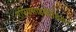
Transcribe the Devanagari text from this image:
एपियसाइकीडियन